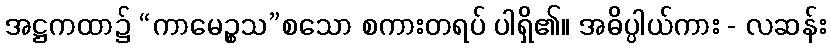
အဋ္ဌကထာ၌ “ကာမေဉ္စသ”စသော စကားတရပ် ပါရှိ၏။ အဓိပ္ပါယ်ကား - လဆန်း